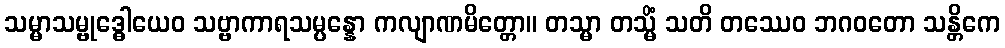
သမ္မာသမ္ဗုဒ္ဓေါယေဝ သဗ္ဗာကာရသမ္ပန္နော ကလျာဏမိတ္တော။ တသ္မာ တသ္မိံ သတိ တဿေဝ ဘဂဝတော သန္တိကေ